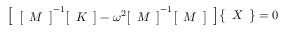
{ \left[ \begin{array} { l } { { \left[ \begin{array} { l } { M } \end{array} \right] } ^ { - 1 } { \left[ \begin{array} { l } { K } \end{array} \right] } - \omega ^ { 2 } { \left[ \begin{array} { l } { M } \end{array} \right] } ^ { - 1 } { \left[ \begin{array} { l } { M } \end{array} \right] } } \end{array} \right] } { \left\{ \begin{array} { l } { X } \end{array} \right\} } = 0